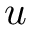
u